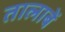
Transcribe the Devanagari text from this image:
तालाबें